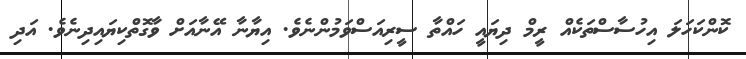
ކޮންކަހަލަ އިހުސާސްތަކެއް ރީމް ދިޔައީ ހައްތާ ސީރިއަސްވަމުންނެވެ. އިޔާނާ އޭނާއަށް ވާގޮތްކިޔައިދިނެވެ. އަދި